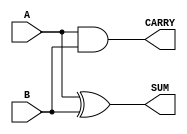
module half_adder #(
    parameter WIDTH = 1  // Parameter to define the width of inputs and outputs
) (
    input  [WIDTH-1:0] A,  // Input A
    input  [WIDTH-1:0] B,  // Input B
    output [WIDTH-1:0] SUM, // Output SUM
    output [WIDTH-1:0] CARRY // Output CARRY
);

    // Combinational logic for SUM and CARRY
    assign SUM = A ^ B;      // SUM is the XOR of A and B
    assign CARRY = A & B;    // CARRY is the AND of A and B

endmodule